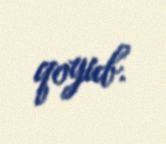
qoyub.